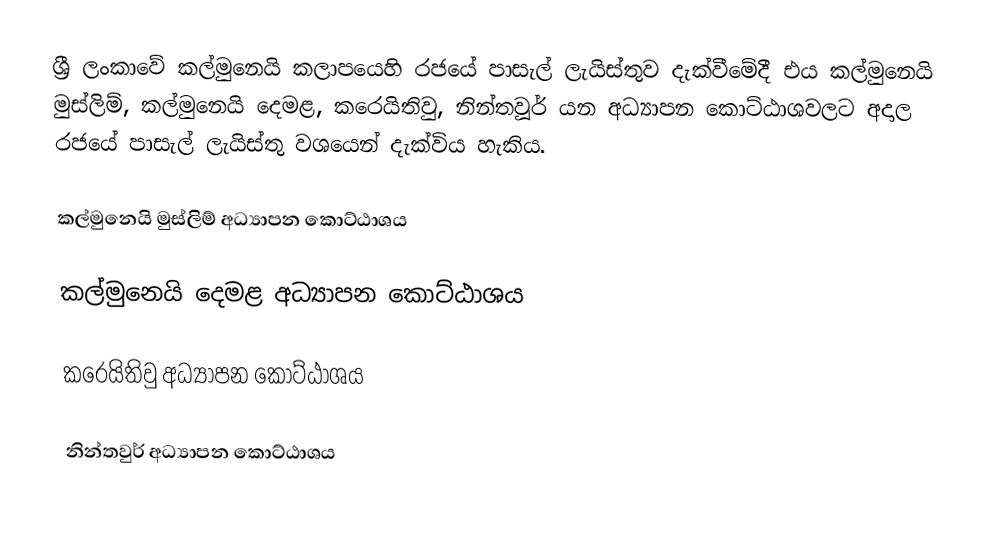
ශ්‍රී ලංකාවේ කල්මුනෙයි කලාපයෙහි රජයේ පාසැල් ලැයිස්තුව  දැක්වීමේදී  එය කල්මුනෙයි මුස්ලිම්, කල්මුනෙයි  දෙමළ, කරෙයිතිවු, නින්තවූර් යන අධ්‍යාපන කොට්ඨාශවලට අදාල රජයේ පාසැල් ලැයිස්තු වශයෙන් දැක්විය හැකිය.

කල්මුනෙයි මුස්ලිම්  අධ්‍යාපන කොට්ඨාශය

කල්මුනෙයි දෙමළ  අධ්‍යාපන කොට්ඨාශය

කරෙයිතිවු  අධ්‍යාපන කොට්ඨාශය

නින්තවුර්  අධ්‍යාපන කොට්ඨාශය